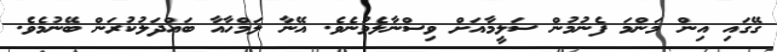
ގޭގައި އިން މަންމަ ފެނުމުން ސަލީމާއަށް ވިސްނާލެވުނެވެ. އޭނާ ލަމްހާއާ ބައްދަލުކުރަން ބޭނުމެވެ.